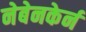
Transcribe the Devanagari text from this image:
नेबेनकेर्न